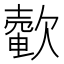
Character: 𣤟